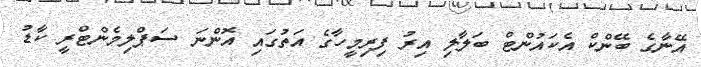
އޭނާގެ ބޭންކް އެކައުންޓް ބަލާލި އިރު ފިރިމީހާގެ އަތުގައި އޮންނަ ސަޕްލިމެންޓްރީ ކާޑު